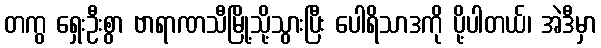
တကွ ရှေးဦးစွာ ဗာရာဏသီမြို့သို့သွားပြီး ပေါရိသာဒကို ပို့ပါတယ်၊ အဲဒီမှာ